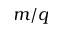
m / q